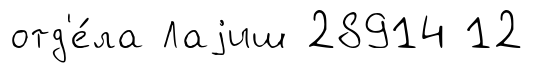
отд'е́ла Лаjиш 28914 12